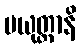
ပယုတ္တာနိ